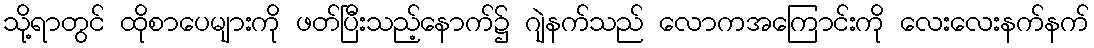
သို့ရာတွင် ထိုစာပေများကို ဖတ်ပြီးသည့်နောက်၌ ဂျဲနက်သည် လောကအကြောင်းကို လေးလေးနက်နက်